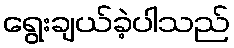
ရွေးချယ်ခဲ့ပါသည်